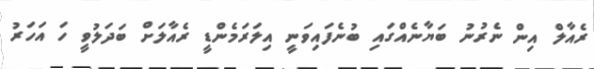
ރެއާލް އިން ނެރުނު ބަޔާނެއްގައި ބުނެފައިވަނީ އިލަރަމެންޑީ ރެއާލަށް ބަދަލުވީ ހަ އަހަރު